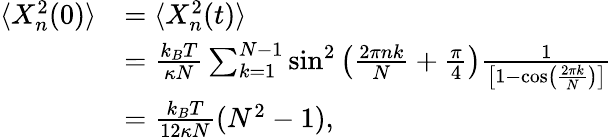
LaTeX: \begin{array}{rl}{\langle X_{n}^{2}(0)\rangle}&{=\langle X_{n}^{2}(t)\rangle}\\ &{=\frac{k_{B}T}{\kappa N}\sum_{k=1}^{N-1}\sin^{2}\left(\frac{2\pi nk}{N}+\frac{\pi}{4}\right)\frac{1}{\left[1-\cos\left(\frac{2\pi k}{N}\right)\right]}}\\ &{=\frac{k_{B}T}{12\kappa N}(N^{2}-1),}\end{array}